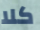
كلا